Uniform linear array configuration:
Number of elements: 24
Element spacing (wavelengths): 0.75
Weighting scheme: hann
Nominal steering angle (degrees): -45
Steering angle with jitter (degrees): -46.493
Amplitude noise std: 0.05
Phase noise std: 0.05

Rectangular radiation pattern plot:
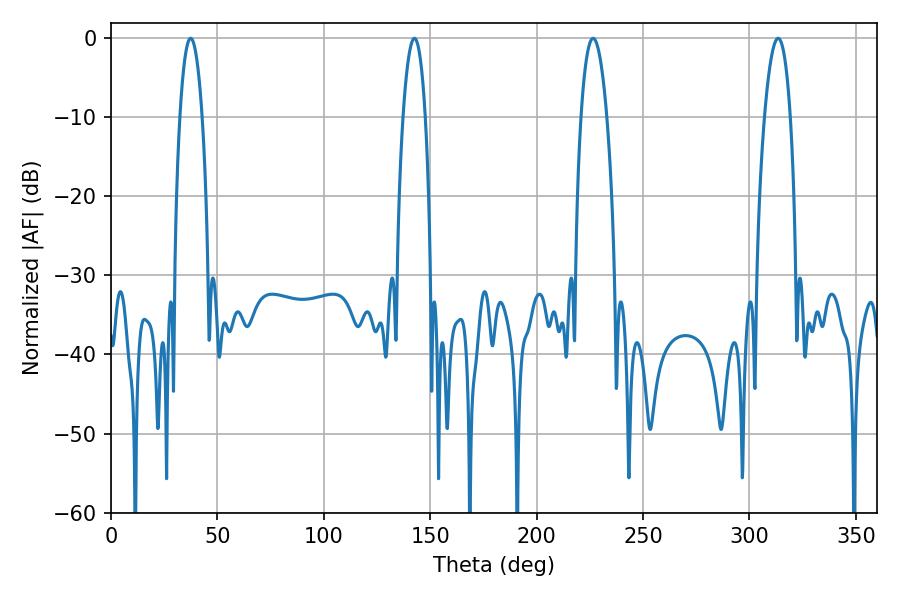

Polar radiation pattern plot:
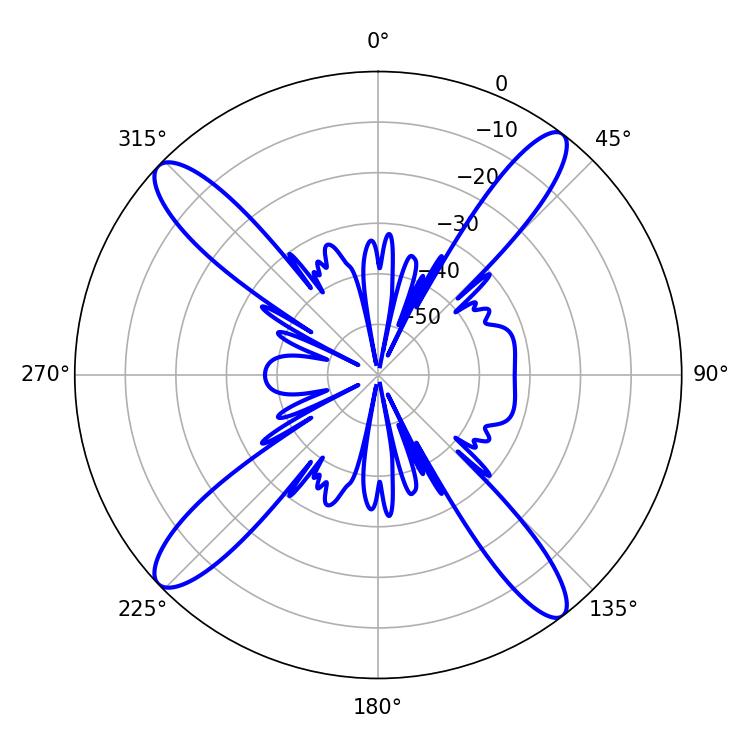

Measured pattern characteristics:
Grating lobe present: TRUE
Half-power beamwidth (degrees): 5.76
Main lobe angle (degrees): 37.44